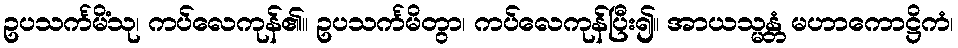
ဥပသင်္ကမိံသု၊ ကပ်လေကုန်၏။ ဥပသင်္ကမိတွာ၊ ကပ်လေကုန်ပြီး၍။ အာယသ္မန္တံ မဟာကောဋ္ဌိကံ၊